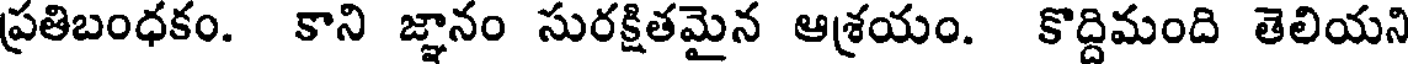
ప్రతిబంధకం. కాని జ్ఞానం సురక్షితమైన ఆశ్రయం. కొద్దిమంది తెలియని